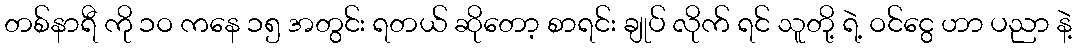
တစ်နာရီ ကို ၁ဝ ကနေ ၁၅ အတွင်း ရတယ် ဆိုတော့ စာရင်း ချုပ် လိုက် ရင် သူတို့ ရဲ့ ဝင်ငွေ ဟာ ပညာ နဲ့